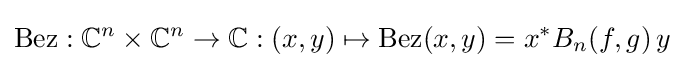
\operatorname {Bez} :\mathbb {C} ^{n}\times \mathbb {C} ^{n}\to \mathbb {C} :(x,y)\mapsto \operatorname {Bez} (x,y)=x^{*}B_{n}(f,g)\,y